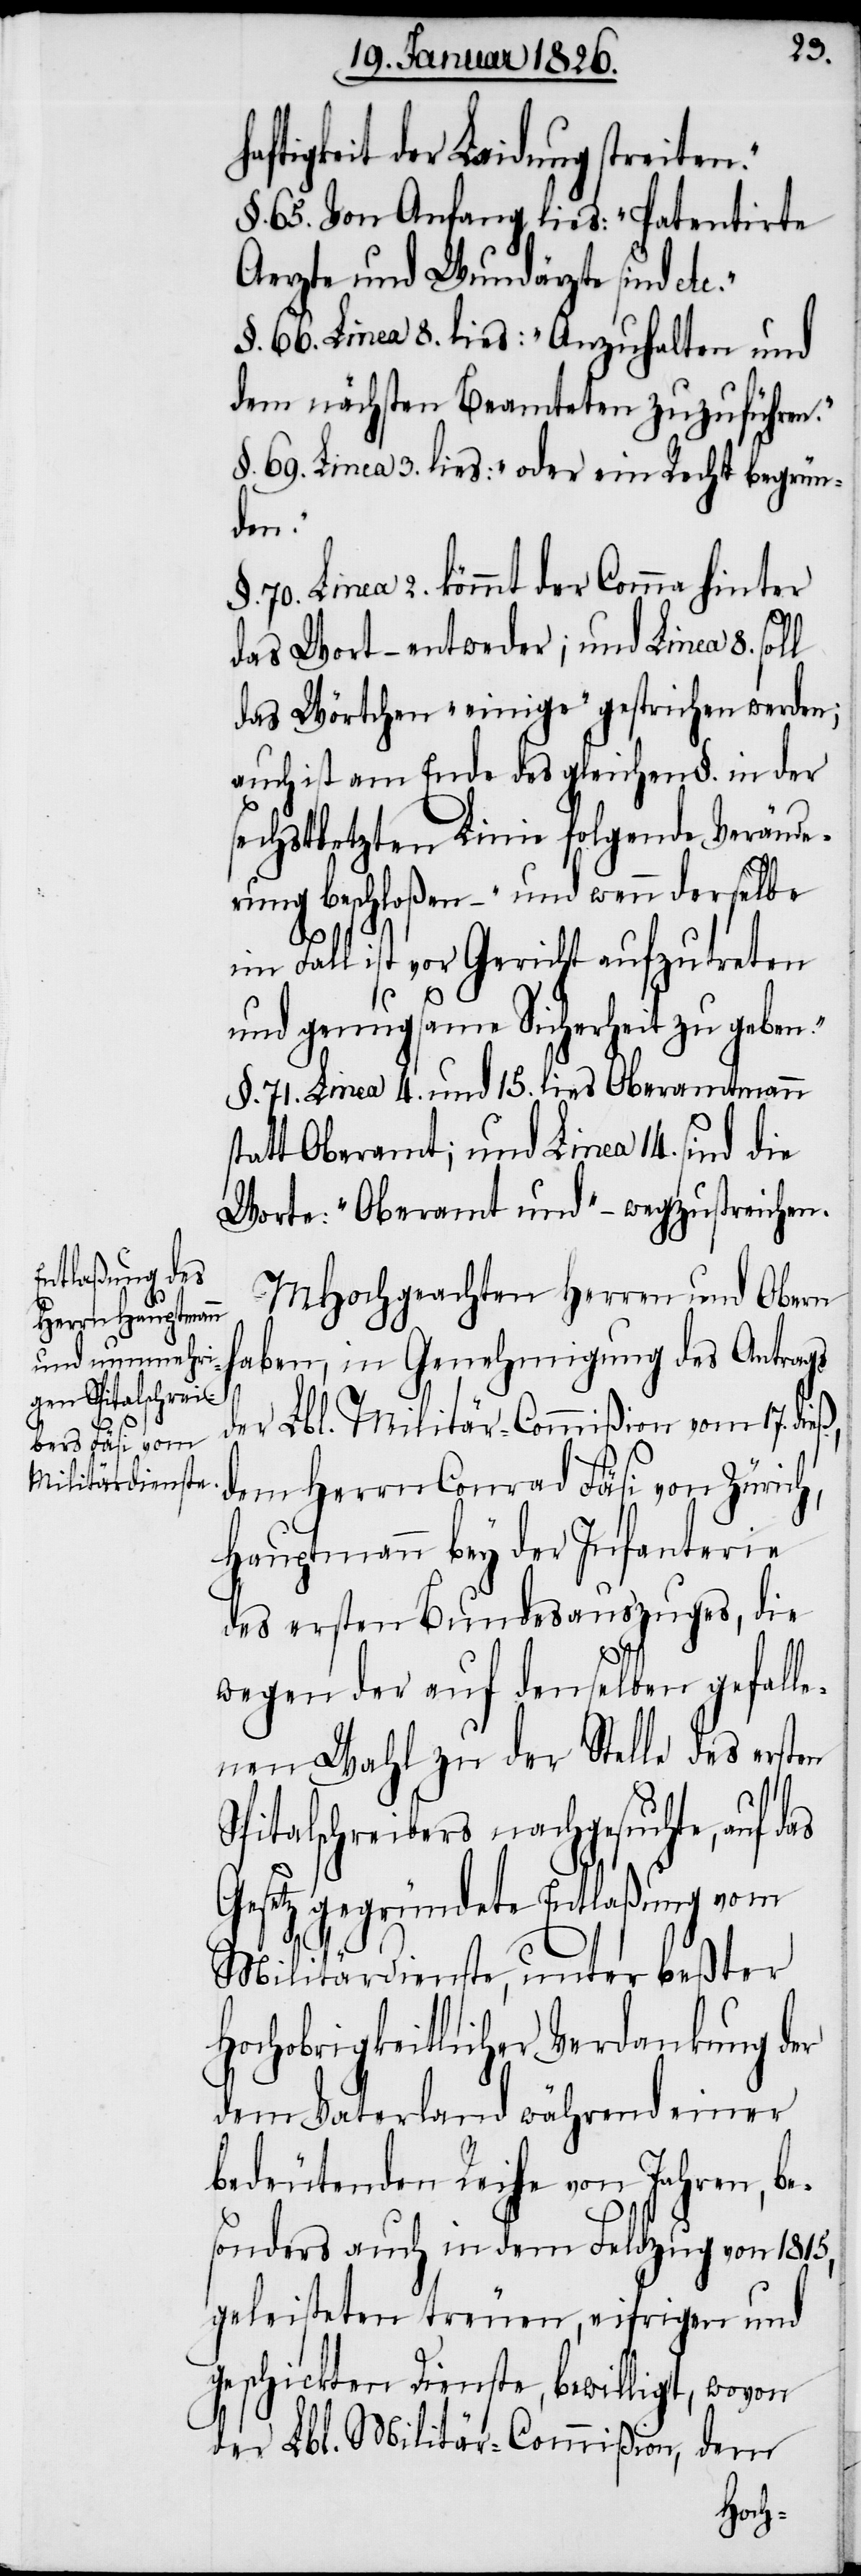
aftigkeit der Laidung streiten.“
§. 65. Von Anfang lies: „Patentirte
Aerzte und Wundärzte sind et¬
§. 66. Linea 8. lies: „Anzuhalten und
dem nächsten Beamteten zuzuführen.“
§. 69. Linea 3. lies: „oder ein Recht begrün¬
den.“
70. Linea 2. kömmt der Comma hinter
das Wort – entweder; und Linea 8. soll
das Wörtchen „einige“ gestrichen werden;
auch ist am Ende des gleichen §. in der
sechstletzten Linie folgende Verände¬
rung beschloßen – „und wenn derselbe
as
im Fall ist vor Gericht aufzutreten
s¬
und genugsame Sicherheit zu geben.“
§. 71. Linea 4. und 15. lies Oberamtmann
tatt Oberamt; und Linea 14. sind die
Worte: „Oberamt und“ – wegzustreichen.
MHochgeachten Herren und Obern
haben, in Genehmigung des Antrags
der Lbl. Militär-Commißion vom 17. die¬
dem Herrn Conrad Fäsi von Zürich,
Hauptmann bey der Infanterie
des ersten Bundesauszuges, die
wegen der auf denselben gefalle¬
nen Wahl zu der Stelle des ersten
Spitalschreibers nachgesuchte, auf d¬
Gesetz gegründete Entlaßung vom
Militärdienste, unter beßter
Hochobrigkeitlicher Verdankung der
dem Vaterland während einer
bedeutenden Reihe von Jahren, be¬
sonders auch in dem Feldzug von 1815,
geleisteten treuen, eifrigen und
geschickten Dienste, bewilligt, wovon
der Lbl. Militär-Commißion, dem